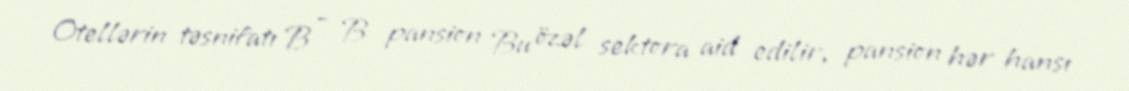
Otellərin təsnifatı B – B pansion Bu özəl sektora aid edilir, pansion hər hansı